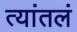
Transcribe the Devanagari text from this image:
त्यांतलं